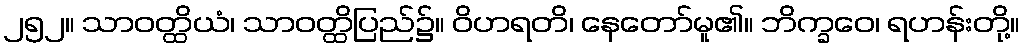
၂၅၂။ သာဝတ္ထိယံ၊ သာဝတ္ထိပြည်၌။ ဝိဟရတိ၊ နေတော်မူ၏။ ဘိက္ခဝေ၊ ရဟန်းတို့။